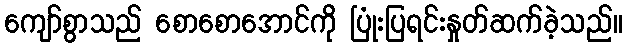
ကျော်စွာသည် စောစောအောင်ကို ပြုံးပြရင်းနှုတ်ဆက်ခဲ့သည်။